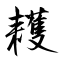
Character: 耯